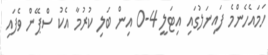
ހަމައެހެންމެ ފައިނަލުގައި އިޓަލީ 4-0 އިން ބަލި ކުރުމާ އެކު ސްޕޭން ވެފައި